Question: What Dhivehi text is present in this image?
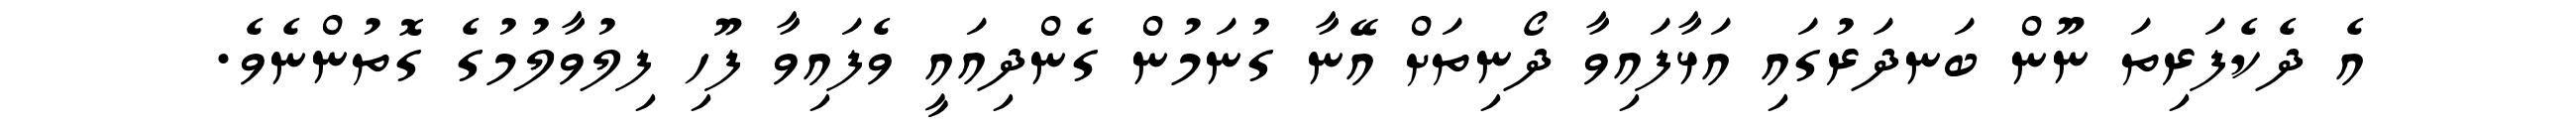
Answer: އެ ދެކެފަރިތަ ނޫން ބަނދަރުގައި އަޅާފައިވާ ދޯނިތަށް އޭނާ ގުނަމުން ގެންދިއައީ ވެފައިވާ ފޫހި ފިލުވާލުމުގެ ގޮތުންނެވެ.